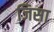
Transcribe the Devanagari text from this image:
जिसा